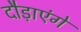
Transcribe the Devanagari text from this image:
दौड़ाएंगें